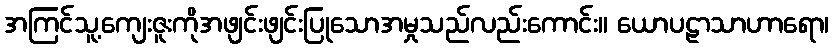
အကြင်သူ့ကျေးဇူးကိုအဖျင်းဖျင်းပြုသောအမှုသည်လည်းကောင်း။ ယောပဠာသာဟာရော၊